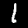
Digit: 1